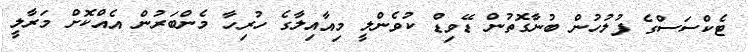
ޓެކްސަސްގެ ފުލުހުން ބުނާގޮތުން ޑޭވިޑް ކުވެންލީ މިއާއިލާގެ ހުރިހާ މެންބަރުން އެއްކޮށް މަރާލީ